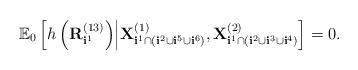
LaTeX: \begin{align*}\mathbb{E}_0\left[ h\left({\bf R}_{{\bf i}^1}^{(13)}\right) \middle|{\bf X}^{(1)}_{{\bf i}^1\cap ({\bf i}^2 \cup {\bf i}^5 \cup {\bf i}^6)}, {\bf X}^{(2)}_{{\bf i}^1\cap ({\bf i}^2 \cup {\bf i}^3 \cup {\bf i}^4)}\right] = 0.\end{align*}